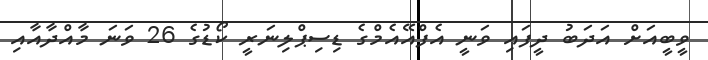
ވީބީއަށް އަދަބު ދީފައި ވަނީ އެފްއޭއެމްގެ ޑިސިޕްލިނަރީ ކޯޑުގެ 26 ވަނަ މާއްދާއާއި